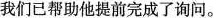
我们已帮助他提前完成了询问.